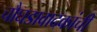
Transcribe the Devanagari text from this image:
चौघडावादकांची